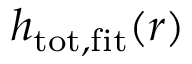
h _ { \mathrm { t o t , f i t } } ( r )